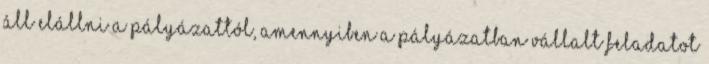
áll elállni a pályázattól, amennyiben a pályázatban vállalt feladatot